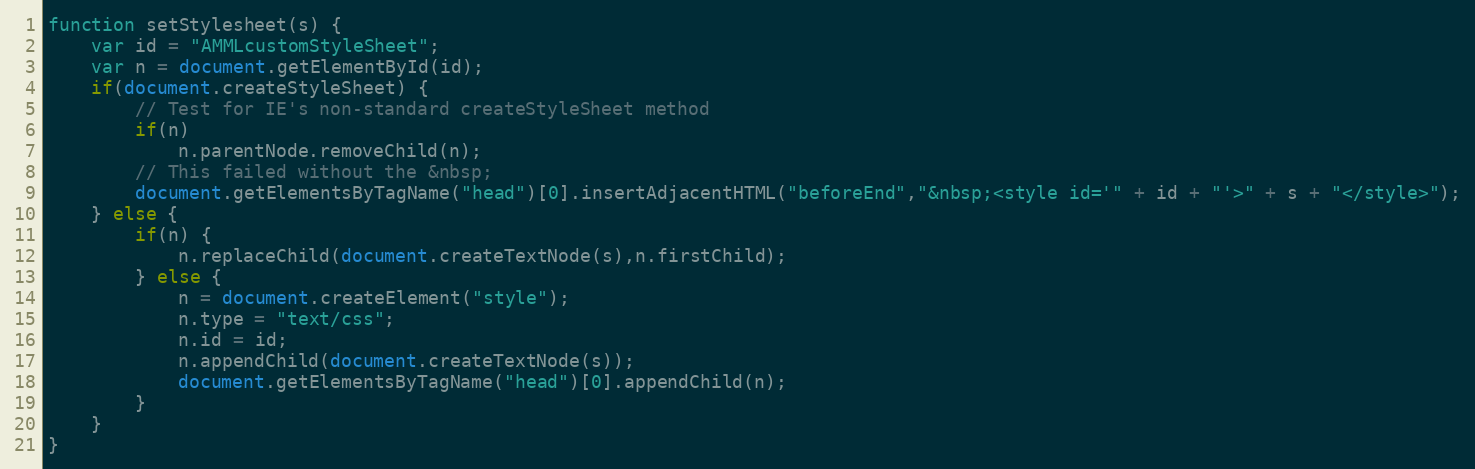
Language: JavaScript
function setStylesheet(s) {
	var id = "AMMLcustomStyleSheet";
	var n = document.getElementById(id);
	if(document.createStyleSheet) {
		// Test for IE's non-standard createStyleSheet method
		if(n)
			n.parentNode.removeChild(n);
		// This failed without the &nbsp;
		document.getElementsByTagName("head")[0].insertAdjacentHTML("beforeEnd","&nbsp;<style id='" + id + "'>" + s + "</style>");
	} else {
		if(n) {
			n.replaceChild(document.createTextNode(s),n.firstChild);
		} else {
			n = document.createElement("style");
			n.type = "text/css";
			n.id = id;
			n.appendChild(document.createTextNode(s));
			document.getElementsByTagName("head")[0].appendChild(n);
		}
	}
}